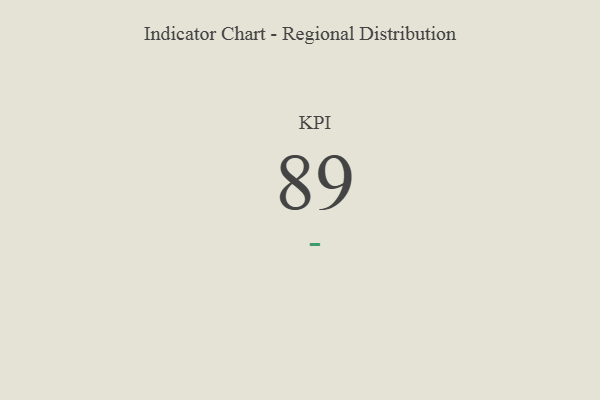
{"axis": {"x": "KPI", "y": "Value"}, "legend": [""], "data": [{"x": "KPI", "y": 89, "type": ""}]}